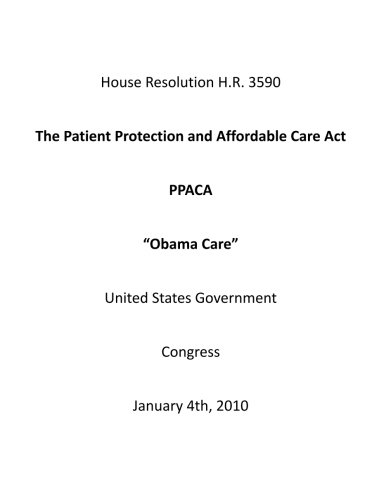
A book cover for The Patient Protection and Affordable Care Act PPACA "Obama Care"; United States Government Congress; Law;